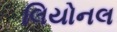
લિયોનલ